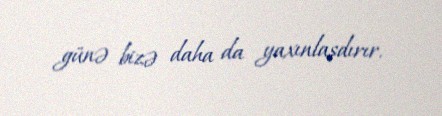
günə bizə daha da yaxınlaşdırır.